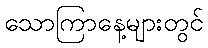
သောကြာနေ့များတွင်